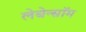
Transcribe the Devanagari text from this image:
लेबेन्स्रॉम